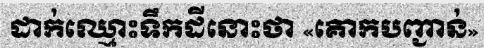
ដាក់ឈ្មោះទឹកដីនោះថា «គោកបញ្ជាន់»